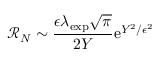
\mathcal { R } _ { N } \sim \frac { \epsilon \lambda _ { \mathrm { e x p } } \sqrt { \pi } } { 2 Y } \mathrm { e } ^ { Y ^ { 2 } / \epsilon ^ { 2 } }